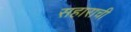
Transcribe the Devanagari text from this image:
सहाराची